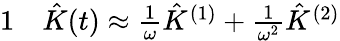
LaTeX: \begin{array}{rl}{{1}}&{{}\hat{K}(t)\approx\frac{1}{\omega}\hat{K}^{(1)}+\frac{1}{\omega^{2}}\hat{K}^{(2)}}\end{array}